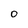
Character: O